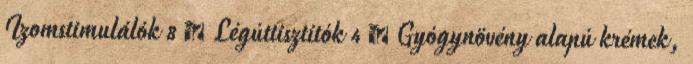
Izomstimulálók 8 › Légúttisztítók 4 › Gyógynövény alapú krémek,